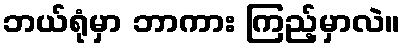
ဘယ်ရုံမှာ ဘာကား ကြည့်မှာလဲ။